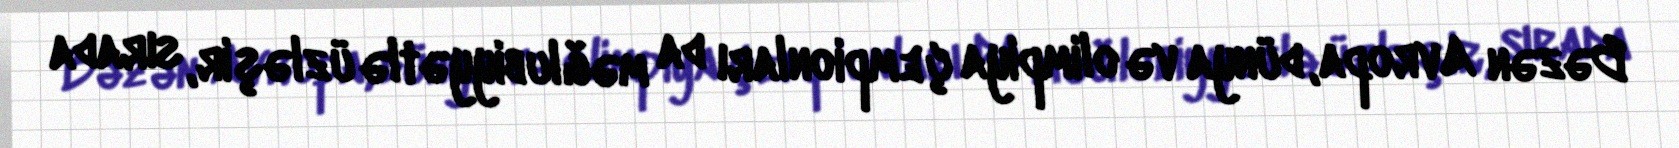
Bəzən Avropa, dünya və olimpiya çempionları da məğlubiyyətlə üzləşir, sırada